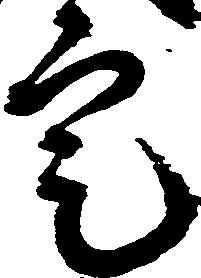
定